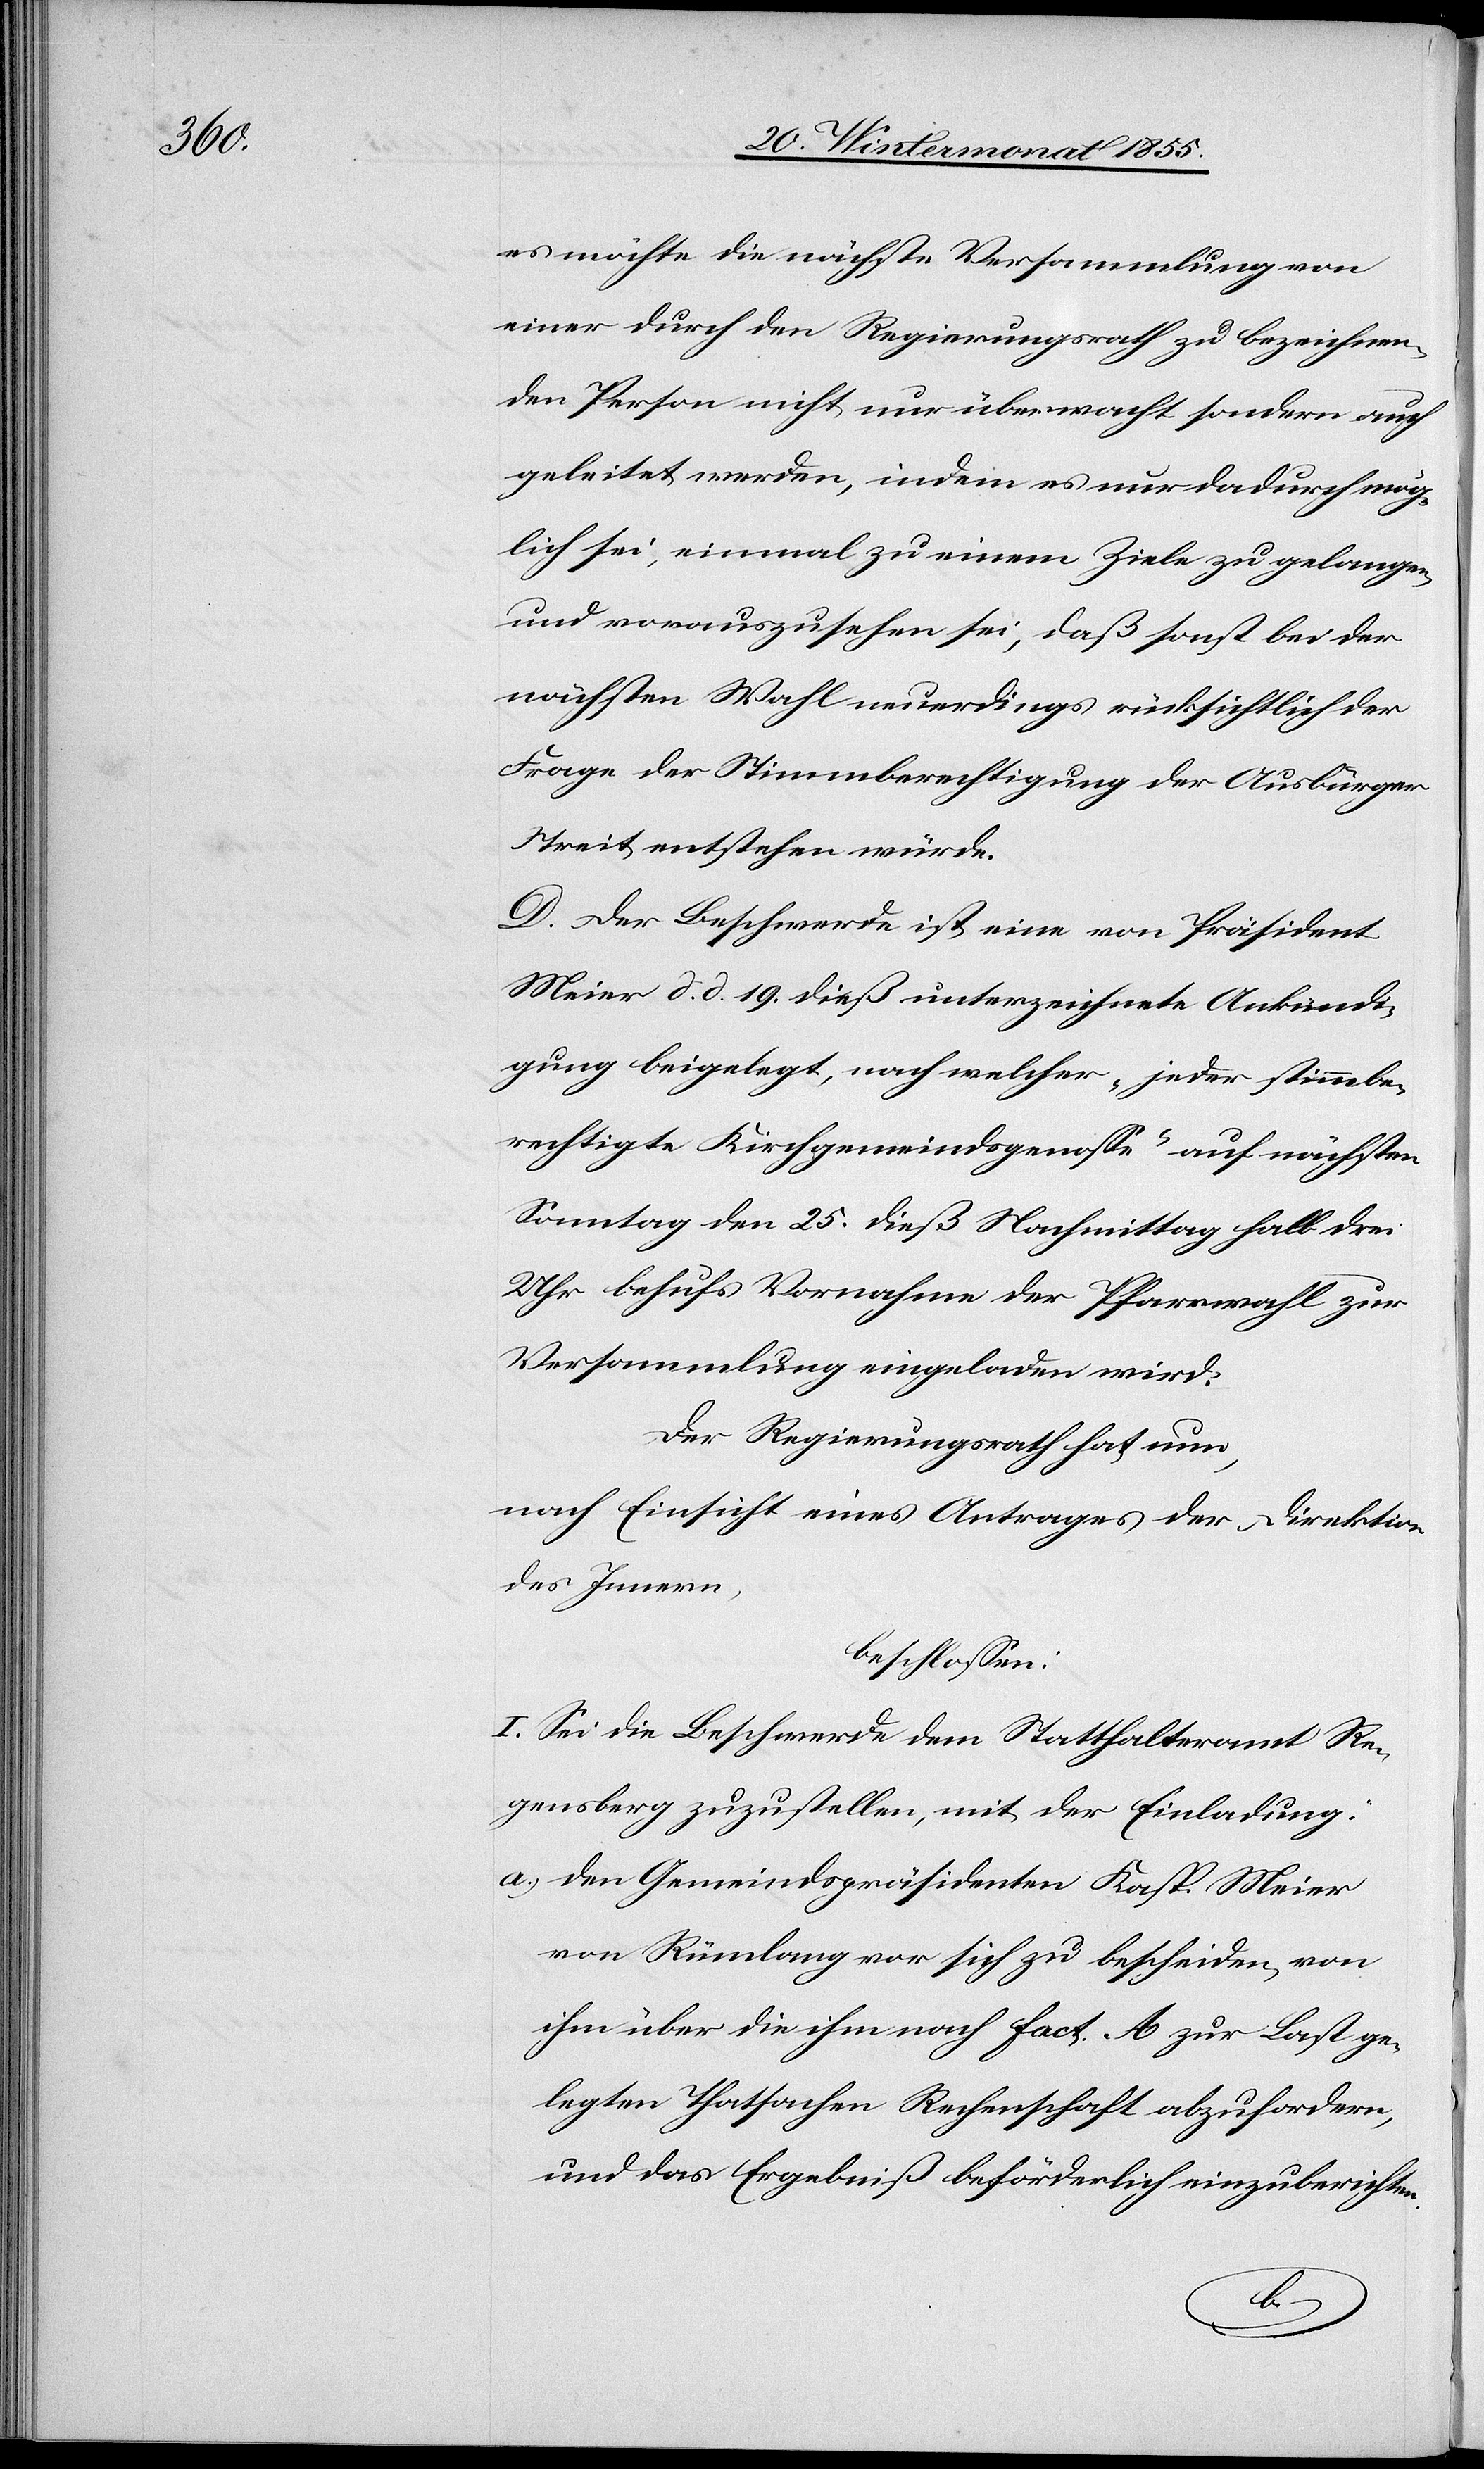
es möchte die nächste Versammlung von
einer durch den Regierungsrath zu bezeichnen¬
den Person nicht nur überwacht sondern auch
geleitet werden, indem es nur dadurch mög¬
lich sei, einmal zu einem Ziele zu gelangen,
und vorauszusehen sei, daß sonst bei der
nächsten Wahl neuerdings rücksichtlich der
Frage der Stimmberechtigung der Ausbürger
Streit entstehen würde.
D. Der Beschwerde ist eine von Präsident
Meier d. d. 19. dieß unterzeichnete Ankündi¬
gung beigelegt, nach welcher „jeder stimmbe¬
rechtigte Kirchgemeindsgenosse“ auf nächsten
Sonntag den 25. dieß Nachmittag halb drei
Uhr behufs Vornahme der Pfarrwahl zur
Versammlung eingeladen wird.
Der Regierungsrath hat nun,
nach Einsicht eines Antrages der Direktion
des Innern,
beschlossen:
I. Sei die Beschwerde dem Statthalteramt Re¬
gensberg zuzustellen, mit der Einladung:
den Gemeindspräsidenten Kasp. Meier
von Rümlang vor sich zu bescheiden, von
ihm über die ihm nach fact. A zur Last ge¬
legten Thatsachen Rechenschaft abzufordern,
und das Ergebniß beförderlich einzuberichten.